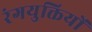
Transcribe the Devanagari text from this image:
रंगयुक्तियों